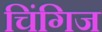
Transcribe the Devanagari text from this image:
चिंगिज